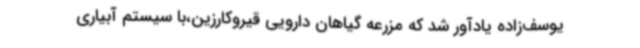
یوسف‌زاده یادآور شد که مزرعه گیاهان دارویی قیروکارزین،با سیستم آبیاری